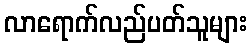
လာရောက်လည်ပတ်သူများ